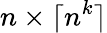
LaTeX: n\times\lceil n^{k}\rceil